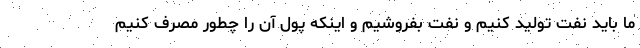
ما باید نفت تولید کنیم و نفت بفروشیم و اینکه پول آن را چطور مصرف کنیم